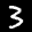
Label: 3